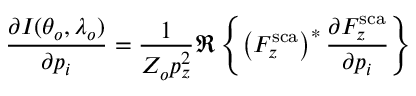
\frac { \partial I ( \theta _ { o } , \lambda _ { o } ) } { \partial p _ { i } } = \frac { 1 } { Z _ { o } p _ { z } ^ { 2 } } \Re \left\{ \left( F _ { z } ^ { \mathrm { s c a } } \right) ^ { * } \frac { \partial F _ { z } ^ { \mathrm { s c a } } } { \partial p _ { i } } \right\}